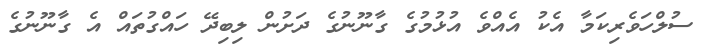
ސުލްހަވެރިކަމާ އެކު އެއްވެ އުޅުމުގެ ގާނޫނުގެ ދަށުން ލިބިދޭ ހައްގުތައް އެ ގާނޫނުގެ